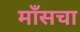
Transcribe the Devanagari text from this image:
माँसचा